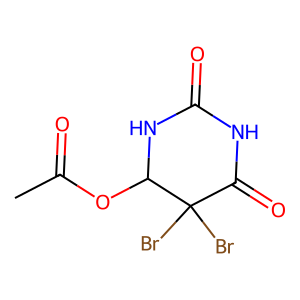
SMILES: CC(=O)OC1NC(=O)NC(=O)C1(Br)Br
Inhibits HIV replication: No